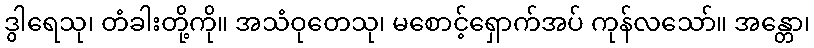
ဒွါရေသု၊ တံခါးတို့ကို။ အသံဝုတေသု၊ မစောင့်ရှောက်အပ် ကုန်လသော်။ အန္တော၊